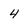
Character: 4